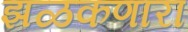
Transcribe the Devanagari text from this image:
झळकणारा